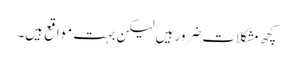
کچھ مشکلات ضرور ہیں لیکن بہت مواقع ہیں۔